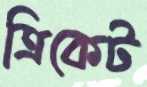
ত্রিকেট